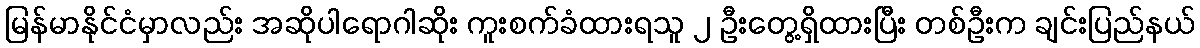
မြန်မာနိုင်ငံမှာလည်း အဆိုပါရောဂါဆိုး ကူးစက်ခံထားရသူ ၂ ဦးတွေ့ရှိထားပြီး တစ်ဦးက ချင်းပြည်နယ်